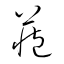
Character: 藏